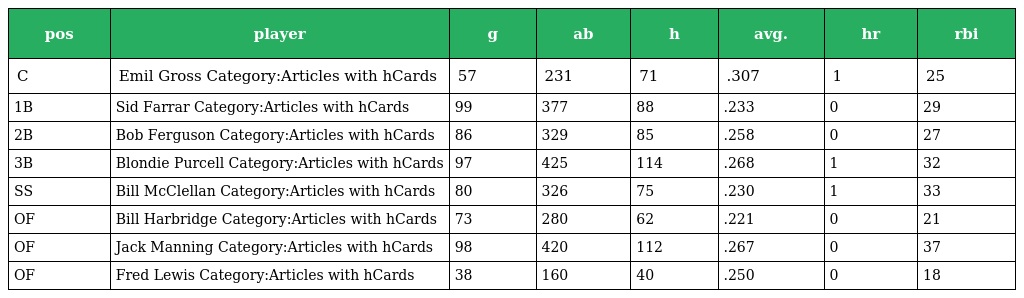
| pos | player | g | ab | h | avg. | hr | rbi |
 | --- | --- | --- | --- | --- | --- | --- | --- |
 | C | Emil Gross Category:Articles with hCards | 57 | 231 | 71 | .307 | 1 | 25 |
 | 1B | Sid Farrar Category:Articles with hCards | 99 | 377 | 88 | .233 | 0 | 29 |
 | 2B | Bob Ferguson Category:Articles with hCards | 86 | 329 | 85 | .258 | 0 | 27 |
 | 3B | Blondie Purcell Category:Articles with hCards | 97 | 425 | 114 | .268 | 1 | 32 |
 | SS | Bill McClellan Category:Articles with hCards | 80 | 326 | 75 | .230 | 1 | 33 |
 | OF | Bill Harbridge Category:Articles with hCards | 73 | 280 | 62 | .221 | 0 | 21 |
 | OF | Jack Manning Category:Articles with hCards | 98 | 420 | 112 | .267 | 0 | 37 |
 | OF | Fred Lewis Category:Articles with hCards | 38 | 160 | 40 | .250 | 0 | 18 |